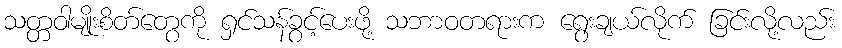
သတ္တဝါမျိုးစိတ်တွေကို ရှင်သန်ခွင့်ပေးဖို့ သဘာဝတရားက ရွေးချယ်လိုက် ခြင်းလို့လည်း